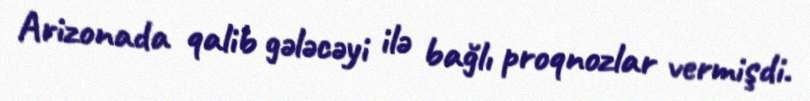
Arizonada qalib gələcəyi ilə bağlı proqnozlar vermişdi.